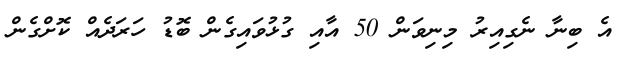
އެ ބިނާ ނެގިއިރު މިނިވަން 50 އާއި ގުޅުވައިގެން ބޮޑު ހަރަދެއް ކޮށްގެން